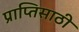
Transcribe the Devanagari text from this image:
प्राप्तिसाठी